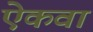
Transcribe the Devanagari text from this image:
ऐकवा